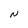
Character: N